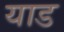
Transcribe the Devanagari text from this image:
याड